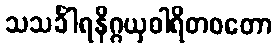
သသင်္ခါရနိဂ္ဂယှဝါရိတဝတော